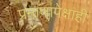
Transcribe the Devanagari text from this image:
प्रमाणापेक्षाही